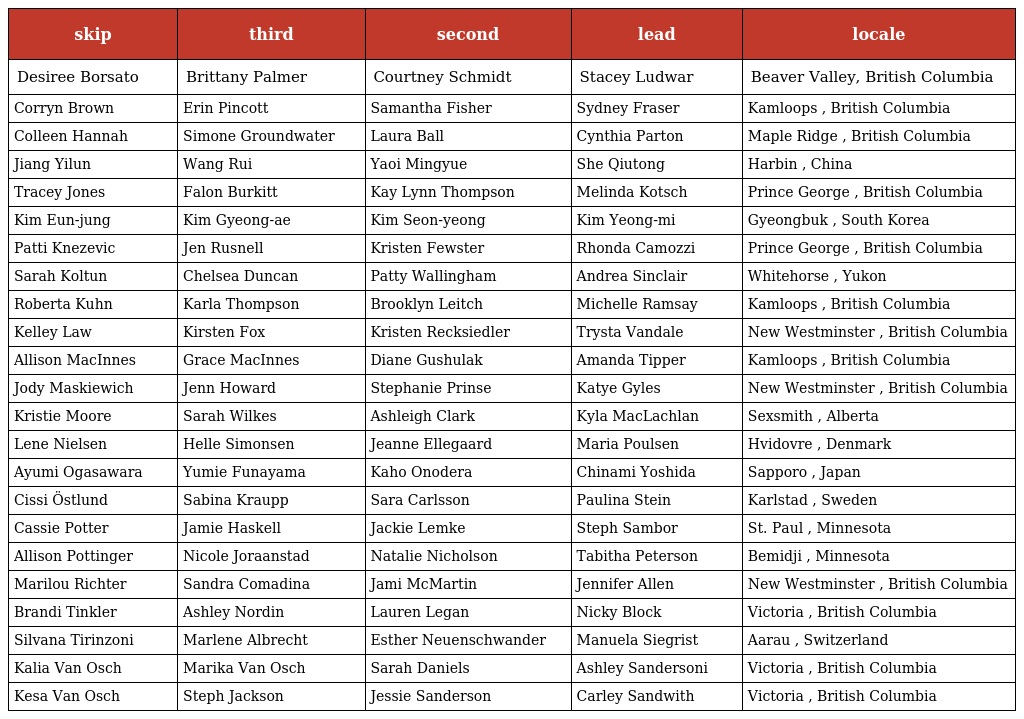
| skip | third | second | lead | locale |
 | --- | --- | --- | --- | --- |
 | Desiree Borsato | Brittany Palmer | Courtney Schmidt | Stacey Ludwar | Beaver Valley, British Columbia |
 | Corryn Brown | Erin Pincott | Samantha Fisher | Sydney Fraser | Kamloops , British Columbia |
 | Colleen Hannah | Simone Groundwater | Laura Ball | Cynthia Parton | Maple Ridge , British Columbia |
 | Jiang Yilun | Wang Rui | Yaoi Mingyue | She Qiutong | Harbin , China |
 | Tracey Jones | Falon Burkitt | Kay Lynn Thompson | Melinda Kotsch | Prince George , British Columbia |
 | Kim Eun-jung | Kim Gyeong-ae | Kim Seon-yeong | Kim Yeong-mi | Gyeongbuk , South Korea |
 | Patti Knezevic | Jen Rusnell | Kristen Fewster | Rhonda Camozzi | Prince George , British Columbia |
 | Sarah Koltun | Chelsea Duncan | Patty Wallingham | Andrea Sinclair | Whitehorse , Yukon |
 | Roberta Kuhn | Karla Thompson | Brooklyn Leitch | Michelle Ramsay | Kamloops , British Columbia |
 | Kelley Law | Kirsten Fox | Kristen Recksiedler | Trysta Vandale | New Westminster , British Columbia |
 | Allison MacInnes | Grace MacInnes | Diane Gushulak | Amanda Tipper | Kamloops , British Columbia |
 | Jody Maskiewich | Jenn Howard | Stephanie Prinse | Katye Gyles | New Westminster , British Columbia |
 | Kristie Moore | Sarah Wilkes | Ashleigh Clark | Kyla MacLachlan | Sexsmith , Alberta |
 | Lene Nielsen | Helle Simonsen | Jeanne Ellegaard | Maria Poulsen | Hvidovre , Denmark |
 | Ayumi Ogasawara | Yumie Funayama | Kaho Onodera | Chinami Yoshida | Sapporo , Japan |
 | Cissi Östlund | Sabina Kraupp | Sara Carlsson | Paulina Stein | Karlstad , Sweden |
 | Cassie Potter | Jamie Haskell | Jackie Lemke | Steph Sambor | St. Paul , Minnesota |
 | Allison Pottinger | Nicole Joraanstad | Natalie Nicholson | Tabitha Peterson | Bemidji , Minnesota |
 | Marilou Richter | Sandra Comadina | Jami McMartin | Jennifer Allen | New Westminster , British Columbia |
 | Brandi Tinkler | Ashley Nordin | Lauren Legan | Nicky Block | Victoria , British Columbia |
 | Silvana Tirinzoni | Marlene Albrecht | Esther Neuenschwander | Manuela Siegrist | Aarau , Switzerland |
 | Kalia Van Osch | Marika Van Osch | Sarah Daniels | Ashley Sandersoni | Victoria , British Columbia |
 | Kesa Van Osch | Steph Jackson | Jessie Sanderson | Carley Sandwith | Victoria , British Columbia |